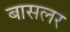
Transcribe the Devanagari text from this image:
बासलर